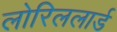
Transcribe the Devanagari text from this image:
लोरिललार्ड